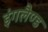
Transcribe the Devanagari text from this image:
इंगलैण्‍ड